Report of the Indian Hemp Drugs Commission, 1894-1895 - Volume VIII
Year: 1894
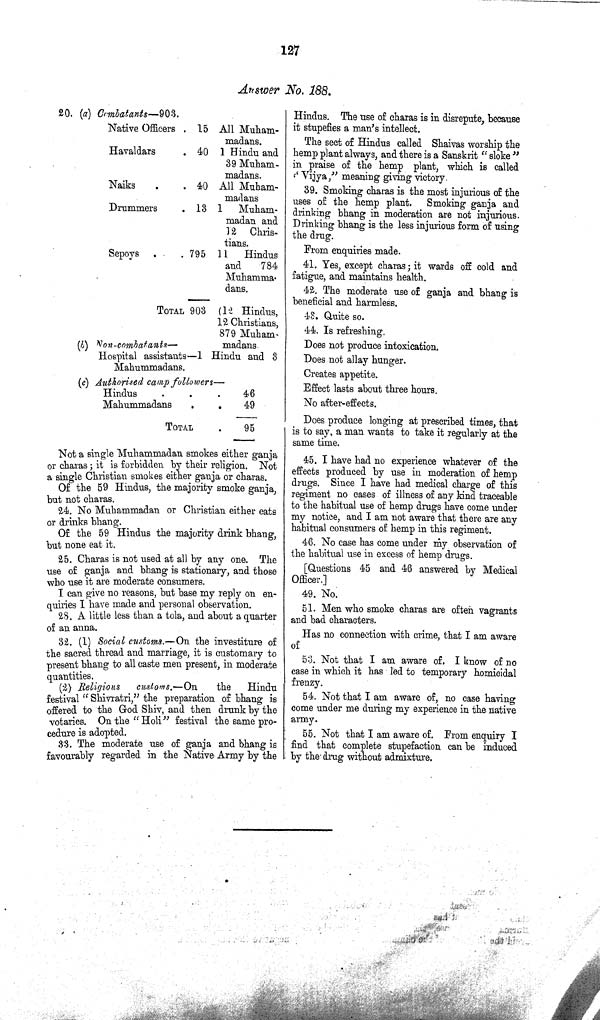
127
Answer No. 188.
20. (a) Combatants—903.
Native Officers
15 All Muham-
madans.
Havaldars
40 1 Hindu and
39 Muham-
madans.
Naiks
40 All Muham¬
madans
Drummers
13 1
Muham¬
madan and
12 Chris-
tians.
Sepoys
795 11
Hindus
and
784
Muhamma-
dans.
TOTAL 903 (12 Hindus,
12 Christians,
879 Muham-
(b)
Non-combatants—
madans.
Hospital assistants—1 Hindu and 3
Mahummadans.
(c) Authorised camp followers—
Hindus
46
Mahummadans
49
TOTAL
95
Not a single Muhammadan smokes either ganja
or charas; it is forbidden by their religion. Not
a single Christian smokes either ganja or charas.
Of the 59 Hindus, the majority smoke ganja,
but not charas.
24. No Muhammadan or Christian either eats
or drinks bhang.
Of the 59 Hindus the majority drink bhang,
but none eat it.
25. Charas is not used at all by any one. The
use of ganja and bhang is stationary, and those
who use it are moderate consumers.
I can give no reasons, but base my reply on en¬
quiries I have made and personal observation.
28. A little less than a tola, and about a quarter
of an anna.
32. (1) Social customs.—On the investiture of
the sacred thread and marriage, it is customary to
present bhang to all caste men present, in moderate
quantities.
(2) Religious customs.—On
the
Hindu
festival "Shivratri," the preparation of bhang is
offered to the God Shiv, and then drunk by the
votaries. On the "Holi" festival the same pro¬
cedure is adopted.
33. The moderate use of ganja and bhang is
favourably regarded in the Native Army by the
Hindus. The use of charas is in disrepute, because
it stupefies a man's intellect.
The sect of Hindus called Shaivas worship the
hemp plant always, and there is a Sanskrit "sloke"
in praise of the hemp plant, which is called
"Vijya," meaning giving victory.
39. Smoking charas is the most injurious of the
uses of the hemp plant.
Smoking ganja and
drinking bhang in moderation are not injurious.
Drinking bhang is the less injurious form of using
the drug.
From enquiries made.
41. Yes, except charas; it wards off cold and
fatigue, and maintains health.
42. The moderate use of ganja and bhang is
beneficial and harmless.
43. Quite so.
44. Is refreshing.
Does not produce intoxication.
Does not allay hunger.
Creates appetite.
Effect lasts about three hours.
No after-effects.
Does produce longing at prescribed times, that
is to say, a man wants to take it regularly at the
same time.
45. I have had no experience whatever of the
effects produced by use in moderation of hemp
drugs. Since I have had medical charge of this
regiment no cases of illness of any kind traceable
to the habitual use of hemp drugs have come under
my notice, and I am not aware that there are any
habitual consumers of hemp in this regiment.
46. No case has come under my observation of
the habitual use in excess of hemp drugs.
[Questions 45 and 46 answered by Medical
Officer.]
49. No.
51. Men who smoke charas are often vagrants
and bad characters.
Has no connection with crime, that I am aware
of
53. Not that I am aware of. I know of no
case in which it has led to temporary homicidal
frenzy.
54. Not that I am aware of, no case having
come under me during my experience in the native
army.
55. Not that I am aware of. From enquiry I
find that complete stupefaction can be induced
by the drug without admixture.